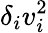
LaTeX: \delta_{i}v_{i}^{2}